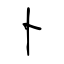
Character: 卜